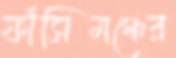
ফাঁসিমঞ্চের